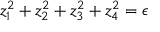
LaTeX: z _ { 1 } ^ { 2 } + z _ { 2 } ^ { 2 } + z _ { 3 } ^ { 2 } + z _ { 4 } ^ { 2 } = \epsilon